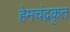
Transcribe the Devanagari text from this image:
हेमचंद्रकृत